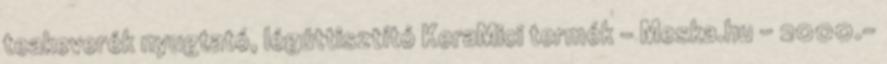
teakeverék nyugtató, légúttisztító KeraMici termék - Meska.hu - 2000.-